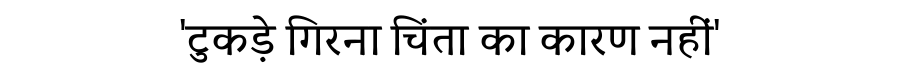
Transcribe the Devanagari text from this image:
'टुकड़े गिरना चिंता का कारण नहीं'